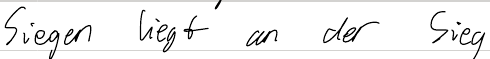
Siegen liegt an der Sieg